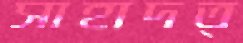
সাহাদত্